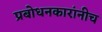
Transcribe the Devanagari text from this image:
प्रबोधनकारांनीच